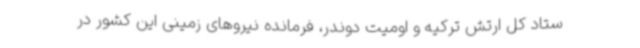
ستاد کل ارتش ترکیه و اومیت دوندر، فرمانده نیروهای زمینی این کشور در